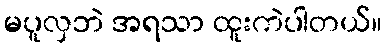
မပူလှဘဲ အရသာ ထူးကဲပါတယ်။